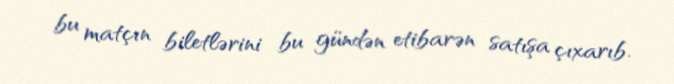
bu matçın biletlərini bu gündən etibarən satışa çıxarıb.